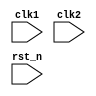
`timescale 1ns / 1ps

 module mips32_core(
 input clk1,clk2,rst_n
 );
 
 reg [31:0] PC,IF_ID_IR,IF_ID_NPC;
 reg [31:0] ID_EX_IR,ID_EX_A,ID_EX_B,ID_EX_NPC,ID_EX_Imm;
 reg [31:0] EX_MEM_IR,EX_MEM_ALUOUT,EX_MEM_B,EX_MEM_NPC;
 reg [31:0] MEM_WB_IR,MEM_WB_ALUOUT,MEM_WB_LMD;
 reg [2:0] ID_EX_type,EX_MEM_type,MEM_WB_type;
 reg EX_MEM_COND,HALTED, TAKEN_BRANCH,FORWARD_A,FORWARD_B;
 
 reg[31:0] Mem [1023:0];

 reg[31:0] Reg [31:0];
 
 parameter ADD=6'b100000 , SUB=6'b100010, AND=6'b100100, OR=6'b100101,XOR=6'b100110, SLT=6'b101010,SLL=6'b000000,SRL=6'b000010,SRA=6'b000011,
 LW=6'b100011, SW=6'b101011,LUI=6'b001111, ADDI=6'b001000,SLTI=6'b001010,ANDI=6'b001100,ORI=6'b001101,XORI=6'b001110,BEQ=6'b000100,BNE=6'b000101,JAL=6'b000011,
 HLT=6'b111111, RR_ALU=3'b000,RM_ALU=3'b001,LOAD=3'b010,STORE=3'b011,BRANCH=3'b100,JUMP=3'b101,HALT=3'b110;


always @(posedge clk1) //IF STAGE
if(~rst_n) begin
		PC          <=0;
		IF_ID_IR    <=0;
		IF_ID_NPC   <=0;
		HALTED      <=0;
		TAKEN_BRANCH<=0;
end
else begin
if (HALTED==0)
	begin
		if(((EX_MEM_type==BRANCH) && (EX_MEM_COND==1)) ||(EX_MEM_IR[31:26]==JAL))
			begin
			IF_ID_IR	<= Mem[EX_MEM_ALUOUT];
			TAKEN_BRANCH	<= 1'b1;
			IF_ID_NPC 	<= EX_MEM_ALUOUT +1;
			PC 		<=  EX_MEM_ALUOUT +1;
		    	end	
		else
			begin
			TAKEN_BRANCH	<= 1'b0;
			IF_ID_IR        <= Mem[PC];
			IF_ID_NPC 	<= PC +1;
			PC		<=  PC +1;
		    	end		
 	end
 end
 
 always @(posedge clk2) //ID STAGE
 if (HALTED==0)
	begin
	if((IF_ID_IR[25:21]==EX_MEM_IR[15:11] && (EX_MEM_type!=BRANCH))||(IF_ID_IR[25:21]==EX_MEM_IR[20:16] &&(EX_MEM_type==RM_ALU))) begin FORWARD_A=(EX_MEM_type==STORE)? 0 : 1; FORWARD_B=0; end
	else if((IF_ID_IR[20:16]==EX_MEM_IR[15:11] &&  (EX_MEM_type!=BRANCH))||(IF_ID_IR[20:16]==EX_MEM_IR[20:16] &&(EX_MEM_type==RM_ALU))) begin FORWARD_B=(EX_MEM_type==STORE)? 0 :1;  FORWARD_A=0; end
	else begin
		FORWARD_A=0;
		FORWARD_B=0;
	end
		if(IF_ID_IR[25:21] == 5'b00000)
			ID_EX_A =0;
		else 
			ID_EX_A = (FORWARD_A)? EX_MEM_ALUOUT :Reg[IF_ID_IR[25:21]]; 
			
			
		if(IF_ID_IR[20:16] == 5'b00000) 
			ID_EX_B =0;
		else 
			ID_EX_B =(FORWARD_B)? EX_MEM_ALUOUT :Reg[IF_ID_IR[20:16]]; 
		
		ID_EX_IR   <= IF_ID_IR;
		ID_EX_NPC  <= IF_ID_NPC;
		ID_EX_Imm  <= (IF_ID_IR[31:26]==JAL)? {{6{IF_ID_IR[25]}},IF_ID_IR[25:0]}:{{16{IF_ID_IR[15]}},IF_ID_IR[15:0]};
		
		
		case(IF_ID_IR[31:26])
			6'b000000                      : ID_EX_type <= RR_ALU;
			ADDI,SLTI,ANDI,ORI,XORI        : ID_EX_type <= RM_ALU;
			LW,LUI			       : ID_EX_type <= LOAD;
			SW                             : ID_EX_type <= STORE;
			BEQ,BNE                        : ID_EX_type <= BRANCH;
			JAL                            : ID_EX_type <= JUMP;
			HLT                            : ID_EX_type <= HALT;
			default                        : ID_EX_type <= HALT;
		endcase
	end
	
	
	
 always @(posedge clk1) //EX STAGE
 if (HALTED==0)
	begin
		EX_MEM_type 	<= ID_EX_type;
		EX_MEM_IR   	<= ID_EX_IR;
		
		
		case(ID_EX_type)
			RR_ALU :begin
						case(ID_EX_IR[5:0])
							ADD		: EX_MEM_ALUOUT <= ID_EX_A + ID_EX_B;
							SUB 		: EX_MEM_ALUOUT <= ID_EX_A - ID_EX_B;
							AND 		: EX_MEM_ALUOUT <= ID_EX_A & ID_EX_B;
							OR  		: EX_MEM_ALUOUT <= ID_EX_A | ID_EX_B;
							XOR  		: EX_MEM_ALUOUT <= ID_EX_A ^ ID_EX_B;
							SLT 		: EX_MEM_ALUOUT <= ID_EX_A < ID_EX_B;
                  			SLL         : EX_MEM_ALUOUT <= ID_EX_B << ID_EX_IR[10:6];
                   			SRL         : EX_MEM_ALUOUT <= ID_EX_B >> ID_EX_IR[10:6];
                            SRA         : EX_MEM_ALUOUT <= ID_EX_A >>> ID_EX_IR[10:6];
							default  : EX_MEM_ALUOUT <= 32'hxxxxxxxx;
						endcase
					  end
					  
			RM_ALU :begin
						case(ID_EX_IR[31:26])
							ADDI 		: EX_MEM_ALUOUT <= ID_EX_A + ID_EX_Imm;
							SLTI 		: EX_MEM_ALUOUT <= ID_EX_A < ID_EX_Imm;
							ANDI 		: EX_MEM_ALUOUT <= ID_EX_A & ID_EX_Imm;
							ORI  		: EX_MEM_ALUOUT <= ID_EX_A | ID_EX_Imm;
							XORI  		: EX_MEM_ALUOUT <= ID_EX_A ^ ID_EX_Imm;
							default  : EX_MEM_ALUOUT <= 32'hxxxxxxxx;
						endcase
					  end
					  
			LOAD,STORE:begin
							EX_MEM_ALUOUT <= (ID_EX_IR[31:26]==LUI) ? ID_EX_Imm<<16 : (ID_EX_A + ID_EX_Imm);
							EX_MEM_B      <=  ID_EX_B;
						  end
						  
			BRANCH :begin
						EX_MEM_ALUOUT <= PC-1 + ID_EX_Imm;
						case(ID_EX_IR[31:26])
						BEQ: EX_MEM_COND   <= (ID_EX_A == ID_EX_B);
						BNE: EX_MEM_COND   <= (ID_EX_A != ID_EX_B);
						endcase
					  end
		    JUMP    :begin
		              EX_MEM_ALUOUT <= ID_EX_Imm<<2; 	
		              EX_MEM_NPC	    <= ID_EX_NPC;          	            
		            end
		endcase
	  end
	  					 						
 
 always @(posedge clk2) //MEM STAGE
 if (HALTED==0) 
   begin
		MEM_WB_IR   <=EX_MEM_IR;
		MEM_WB_type <=EX_MEM_type;
		
		case(EX_MEM_type)
			RR_ALU,RM_ALU :MEM_WB_ALUOUT <= EX_MEM_ALUOUT;
			JUMP          :MEM_WB_ALUOUT <= EX_MEM_NPC;
			LOAD          :MEM_WB_LMD <= Mem[EX_MEM_ALUOUT];
			STORE         :if (TAKEN_BRANCH==0)	
					           Mem[EX_MEM_ALUOUT] <= EX_MEM_B;
		endcase
	end


 always @(posedge clk1) //WB STAGE
	begin
		if(TAKEN_BRANCH==0)
			case(MEM_WB_type)
				RR_ALU : Reg[MEM_WB_IR[15:11]] <= MEM_WB_ALUOUT;
				RM_ALU : Reg[MEM_WB_IR[20:16]] <= MEM_WB_ALUOUT;
				LOAD   : Reg[MEM_WB_IR[20:16]] <= MEM_WB_LMD;
				JUMP   : Reg[31]               <= MEM_WB_ALUOUT;
				HALT	: HALTED <= 1'b1;
			endcase
	end	
endmodule






/*
		if(IF_ID_IR[25:21] == 5'b00000)
			ID_EX_A =0;
		else 
			ID_EX_A = (FORWARD_A)?((EX_MEM_type==LOAD)?Mem[EX_MEM_ALUOUT]:EX_MEM_ALUOUT) :Reg[IF_ID_IR[25:21]]; 
			
			
		if(IF_ID_IR[20:16] == 5'b00000) 
			ID_EX_B =0;
		else 
			ID_EX_B =(FORWARD_B)?((EX_MEM_type==LOAD)?Mem[EX_MEM_ALUOUT]:EX_MEM_ALUOUT) :Reg[IF_ID_IR[20:16]]; 
		
*/